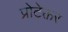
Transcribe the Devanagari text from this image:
प्रोटेक्तर